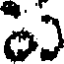
ల